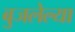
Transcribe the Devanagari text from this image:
बुजलेल्या